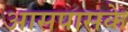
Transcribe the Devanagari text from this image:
आसपासके